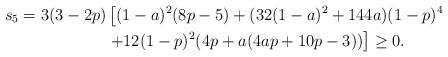
LaTeX: \begin{align*}s_5=3(3-2p)&\left[(1-a)^2(8p-5)+(32(1-a)^2+144a)(1-p)^4\right.\\ &\left. +12(1-p)^2 (4p+a(4ap+10p-3))\right]\ge 0.\end{align*}